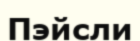
Пэйсли